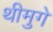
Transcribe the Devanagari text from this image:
थीमुगे